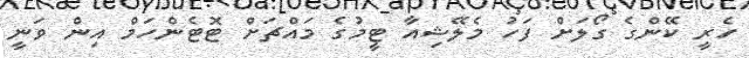
ހެރީ ކޭންގެ ގޯލަށް ފަހު މެލޭޝިއާ ޓީމުގެ މައްޗަށް ޓޮޓެންހަމް އިން ވަނީ